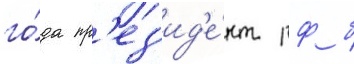
го́да пр'ез'ид'е́нт рф б